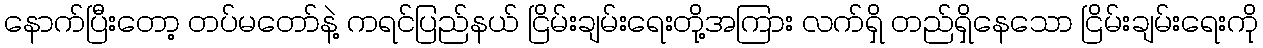
နောက်ပြီးတော့ တပ်မတော်နဲ့ ကရင်ပြည်နယ် ငြိမ်းချမ်းရေးတို့အကြား လက်ရှိ တည်ရှိနေသော ငြိမ်းချမ်းရေးကို